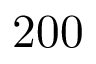
2 0 0